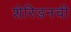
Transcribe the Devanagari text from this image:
शेरिडनची